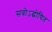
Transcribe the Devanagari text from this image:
सवोऽद्घोषित